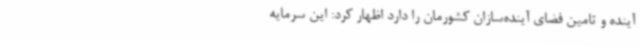
آینده و تامین فضای آینده‌سازان کشورمان را دارد اظهار کرد: این سرمایه